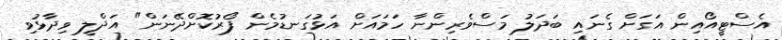
އެސްޓީއޯއިން އަގަށް ގެނައި ބަދަލު މަސްވެރިންނާ ހަމައަށް އަޅުގަނޑުމެން ފޯރުކޮށްދޭނަން" އަދްލީ ވިދާޅުވި